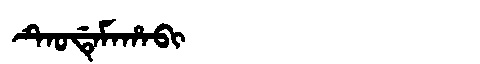
Manchu: ᡨᡝᠣᡩᡝᠮᠠᡥᠠᠪᡳ
Romanization: TEODEMAHABI